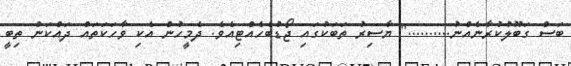
ބަސް ގަބޫލުކުރާނެއްނު.........." ޔާސިރު ތަބަކުގައި ޖޯޑުބެހެއްޓިއެވެ. ދެމީހުން އެކި ވާހަކަތައް ދައްކަން ތިބީ